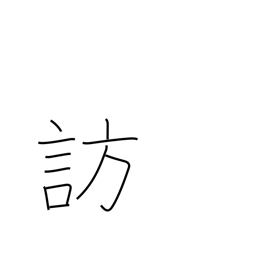
Meaning: call on